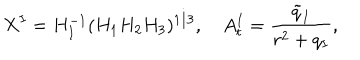
X ^ { I } = H _ { I } ^ { - 1 } ( H _ { 1 } H _ { 2 } H _ { 3 } ) ^ { 1 / 3 } , \quad A _ { t } ^ { I } = \frac { \tilde { q } _ { I } } { r ^ { 2 } + q _ { I } } ,